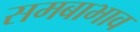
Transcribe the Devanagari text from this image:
समबाभाव